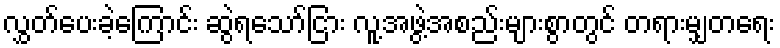
လွှတ်ပေးခဲ့ကြောင်း ဆွဲရသော်ငြား လူ့အဖွဲ့အစည်းများစွာတွင် တရားမျှတရေး